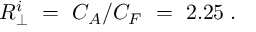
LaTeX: R _ { \perp } ^ { i } \ = \ C _ { A } / C _ { F } \ = \ 2 . 2 5 \; .